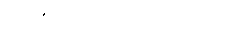
သူမ၏ အသံသည် ကြည်သည်။